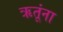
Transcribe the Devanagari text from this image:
ऋतूंना